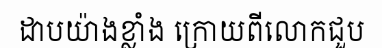
ដាបយ៉ាងខ្លាំង ក្រោយពីលោកជួប